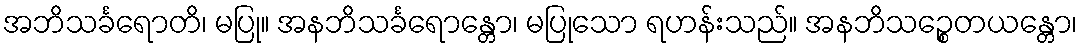
အဘိသင်္ခရောတိ၊ မပြု။ အနဘိသင်္ခရောန္တော၊ မပြုသော ရဟန်းသည်။ အနဘိသဉ္စေတယန္တော၊